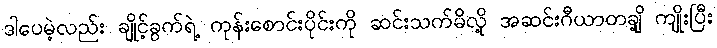
ဒါပေမဲ့လည်း ချိုင့်ခွက်ရဲ့ ကုန်းစောင်းပိုင်းကို ဆင်းသက်မိလို့ အဆင်းဂီယာတချို့ ကျိုးပြီး